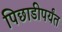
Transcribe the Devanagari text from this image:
पिछाडीपर्यंत